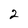
Character: 2